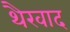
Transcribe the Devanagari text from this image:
थैरवाद